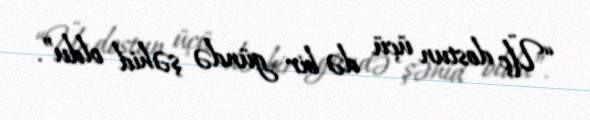
“Üç dostun üçü də bir gündə şəhid oldu”.